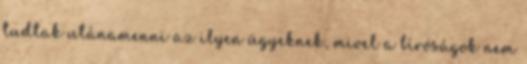
tudtak utánamenni az ilyen ügyeknek, mivel a bíróságok nem